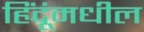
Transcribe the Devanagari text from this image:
हिंदूंमधील